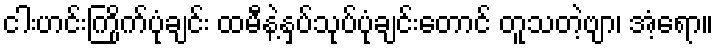
ငါးဟင်းကြိုက်ပုံချင်း ထမီနဲ့နှပ်သုပ်ပုံချင်းတောင် တူသတဲ့ဗျာ၊ အံ့ရော။